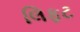
લિફટ